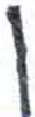
אות: ן